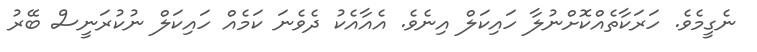
ނެގީމެވެ. ހަރަކާތެއްކޮށްނުލާ ހައިކަލް އިނެވެ. އެއާއެކު ދެވެނަ ކަމެއް ހައިކަލް ނުކުރަނީސް ބޭރު